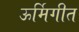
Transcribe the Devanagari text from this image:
ऊर्मिगीत